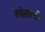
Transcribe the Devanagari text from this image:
क्वेसारची